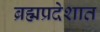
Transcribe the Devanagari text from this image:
ब्रह्मप्रदेशात